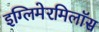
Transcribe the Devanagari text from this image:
इग्लिमेरमिलॉस